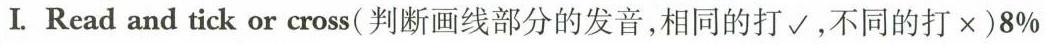
Ⅰ.Read and tick or cross( 判断画线部分的发音,相同的打√,不同的打×)8%